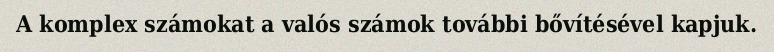
A komplex számokat a valós számok további bővítésével kapjuk.